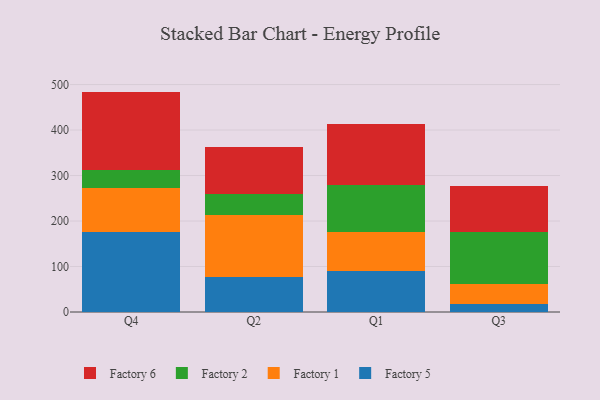
{"axis": {"x": "Quarter", "y": "Latency (ms)"}, "legend": ["Factory 1", "Factory 2", "Factory 5", "Factory 6"], "data": [{"x": "Q4", "y": 174.8, "type": "Factory 5"}, {"x": "Q4", "y": 98.5, "type": "Factory 1"}, {"x": "Q4", "y": 38.2, "type": "Factory 2"}, {"x": "Q4", "y": 173.0, "type": "Factory 6"}, {"x": "Q2", "y": 76.0, "type": "Factory 5"}, {"x": "Q2", "y": 137.4, "type": "Factory 1"}, {"x": "Q2", "y": 45.0, "type": "Factory 2"}, {"x": "Q2", "y": 104.2, "type": "Factory 6"}, {"x": "Q1", "y": 90.5, "type": "Factory 5"}, {"x": "Q1", "y": 85.6, "type": "Factory 1"}, {"x": "Q1", "y": 103.3, "type": "Factory 2"}, {"x": "Q1", "y": 134.7, "type": "Factory 6"}, {"x": "Q3", "y": 17.6, "type": "Factory 5"}, {"x": "Q3", "y": 42.9, "type": "Factory 1"}, {"x": "Q3", "y": 115.3, "type": "Factory 2"}, {"x": "Q3", "y": 101.7, "type": "Factory 6"}]}